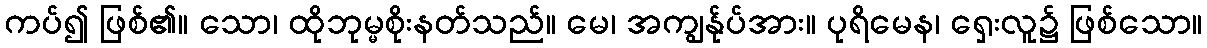
ကပ်၍ ဖြစ်၏။ သော၊ ထိုဘုမ္မစိုးနတ်သည်။ မေ၊ အကျွန်ုပ်အား။ ပုရိမေန၊ ရှေးလူ၌ ဖြစ်သော။